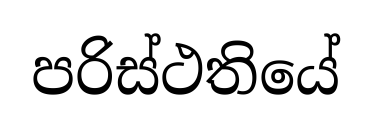
පරිස්ථතියේ